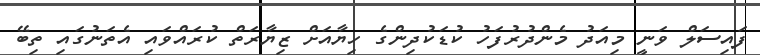
ފައިސަލް ވަނީ މިއަދު މެންދުރުފަހު ކުޑަކުދިންގެ ހިޔާއަށް ޒިޔާރަތް ކުރައްވައި އެތަނުގައި ތިބޭ